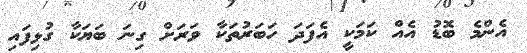
އެންމެ ބޮޑު އެއް ކަމަކީ އެފަދަ ހަބަރުތަކާ ވަރަށް ގިނަ ބަޔަކާ ގުޅިފައި